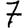
Digit: 7